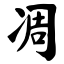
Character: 凋